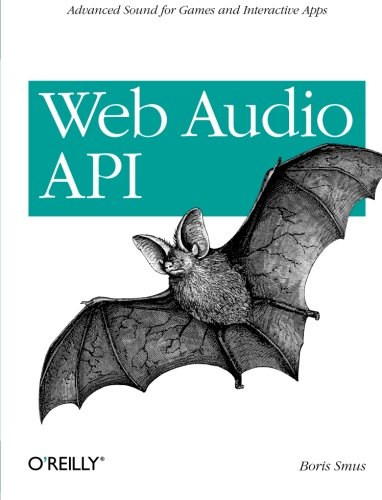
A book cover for Web Audio API; Boris Smus; Computers & Technology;